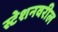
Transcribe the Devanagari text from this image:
स्टेशनवरील